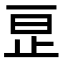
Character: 𬅺